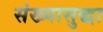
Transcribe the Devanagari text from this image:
संख्यासुद्धा